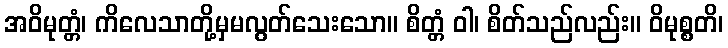
အဝိမုတ္တံ၊ ကိလေသာတို့မှမလွတ်သေးသော။ စိတ္တံ ဝါ၊ စိတ်သည်လည်း။ ဝိမုစ္စတိ၊